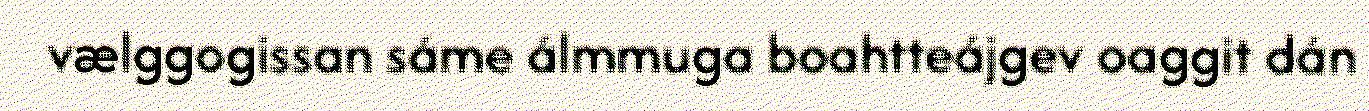
vælggogissan sáme álmmuga boahtteájgev oaggit dán